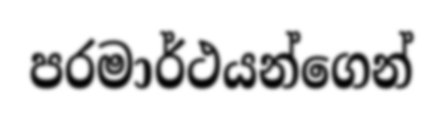
පරමාර්ථයන්ගෙන්